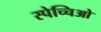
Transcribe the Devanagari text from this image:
स्पेच्चिओ